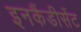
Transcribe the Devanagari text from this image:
इनकैंडीसेंट